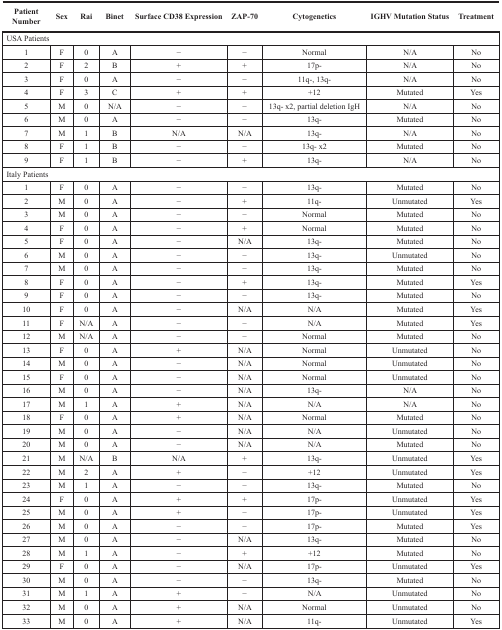
<table><thead><tr><td><b>Patient Number</b></td><td><b>Sex</b></td><td><b>Rai</b></td><td><b>Binet</b></td><td><b>Surface CD38 Expression</b></td><td><b>ZAP-70</b></td><td><b>Cytogenetics</b></td><td><b>IGHV Mutation Status</b></td><td><b>Treatment</b></td></tr></thead><tbody><tr><td colspan="9">USA Patients</td></tr><tr><td>1</td><td>F</td><td>0</td><td>A</td><td>−</td><td>−</td><td>Normal</td><td>N/A</td><td>No</td></tr><tr><td>2</td><td>F</td><td>2</td><td>B</td><td>+</td><td>+</td><td>17p-</td><td>N/A</td><td>No</td></tr><tr><td>3</td><td>F</td><td>0</td><td>A</td><td>−</td><td>−</td><td>11q-, 13q-</td><td>N/A</td><td>No</td></tr><tr><td>4</td><td>F</td><td>3</td><td>C</td><td>+</td><td>+</td><td>+12</td><td>Mutated</td><td>Yes</td></tr><tr><td>5</td><td>M</td><td>0</td><td>N/A</td><td>−</td><td>−</td><td>13q- x2, partial deletion IgH</td><td>N/A</td><td>No</td></tr><tr><td>6</td><td>M</td><td>0</td><td>A</td><td>−</td><td>−</td><td>13q-</td><td>Mutated</td><td>No</td></tr><tr><td>7</td><td>M</td><td>1</td><td>B</td><td>N/A</td><td>N/A</td><td>13q-</td><td>N/A</td><td>No</td></tr><tr><td>8</td><td>F</td><td>1</td><td>B</td><td>−</td><td>−</td><td>13q- x2</td><td>Mutated</td><td>No</td></tr><tr><td>9</td><td>F</td><td>1</td><td>B</td><td>−</td><td>+</td><td>13q-</td><td>N/A</td><td>No</td></tr><tr><td colspan="9">Italy Patients</td></tr><tr><td>1</td><td>F</td><td>0</td><td>A</td><td>−</td><td>−</td><td>13q-</td><td>Mutated</td><td>No</td></tr><tr><td>2</td><td>M</td><td>0</td><td>A</td><td>−</td><td>+</td><td>11q-</td><td>Unmutated</td><td>Yes</td></tr><tr><td>3</td><td>M</td><td>0</td><td>A</td><td>−</td><td>−</td><td>Normal</td><td>Mutated</td><td>No</td></tr><tr><td>4</td><td>F</td><td>0</td><td>A</td><td>−</td><td>+</td><td>Normal</td><td>Mutated</td><td>No</td></tr><tr><td>5</td><td>F</td><td>0</td><td>A</td><td>−</td><td>N/A</td><td>13q-</td><td>Mutated</td><td>No</td></tr><tr><td>6</td><td>M</td><td>0</td><td>A</td><td>−</td><td>−</td><td>13q-</td><td>Unmutated</td><td>No</td></tr><tr><td>7</td><td>M</td><td>0</td><td>A</td><td>−</td><td>−</td><td>13q-</td><td>Mutated</td><td>No</td></tr><tr><td>8</td><td>F</td><td>0</td><td>A</td><td>−</td><td>+</td><td>13q-</td><td>Mutated</td><td>Yes</td></tr><tr><td>9</td><td>F</td><td>0</td><td>A</td><td>−</td><td>−</td><td>13q-</td><td>Mutated</td><td>No</td></tr><tr><td>10</td><td>F</td><td>0</td><td>A</td><td>−</td><td>N/A</td><td>N/A</td><td>Mutated</td><td>Yes</td></tr><tr><td>11</td><td>F</td><td>N/A</td><td>A</td><td>−</td><td>−</td><td>N/A</td><td>Mutated</td><td>Yes</td></tr><tr><td>12</td><td>M</td><td>N/A</td><td>A</td><td>−</td><td>−</td><td>Normal</td><td>Mutated</td><td>No</td></tr><tr><td>13</td><td>F</td><td>0</td><td>A</td><td>+</td><td>N/A</td><td>Normal</td><td>Unmutated</td><td>No</td></tr><tr><td>14</td><td>M</td><td>0</td><td>A</td><td>−</td><td>N/A</td><td>Normal</td><td>Unmutated</td><td>No</td></tr><tr><td>15</td><td>F</td><td>0</td><td>A</td><td>−</td><td>N/A</td><td>Normal</td><td>Unmutated</td><td>No</td></tr><tr><td>16</td><td>M</td><td>0</td><td>A</td><td>−</td><td>N/A</td><td>13q-</td><td>N/A</td><td>No</td></tr><tr><td>17</td><td>M</td><td>1</td><td>A</td><td>+</td><td>N/A</td><td>N/A</td><td>N/A</td><td>No</td></tr><tr><td>18</td><td>F</td><td>0</td><td>A</td><td>+</td><td>N/A</td><td>Normal</td><td>Mutated</td><td>No</td></tr><tr><td>19</td><td>M</td><td>0</td><td>A</td><td>−</td><td>N/A</td><td>N/A</td><td>Unmutated</td><td>No</td></tr><tr><td>20</td><td>M</td><td>0</td><td>A</td><td>−</td><td>N/A</td><td>N/A</td><td>Mutated</td><td>No</td></tr><tr><td>21</td><td>M</td><td>N/A</td><td>B</td><td>N/A</td><td>+</td><td>13q-</td><td>Unmutated</td><td>Yes</td></tr><tr><td>22</td><td>M</td><td>2</td><td>A</td><td>+</td><td>−</td><td>+12</td><td>Unmutated</td><td>Yes</td></tr><tr><td>23</td><td>M</td><td>1</td><td>A</td><td>−</td><td>−</td><td>13q-</td><td>Mutated</td><td>No</td></tr><tr><td>24</td><td>F</td><td>0</td><td>A</td><td>+</td><td>+</td><td>17p-</td><td>Unmutated</td><td>Yes</td></tr><tr><td>25</td><td>M</td><td>0</td><td>A</td><td>+</td><td>−</td><td>17p-</td><td>Unmutated</td><td>Yes</td></tr><tr><td>26</td><td>M</td><td>0</td><td>A</td><td>−</td><td>−</td><td>17p-</td><td>Mutated</td><td>Yes</td></tr><tr><td>27</td><td>M</td><td>0</td><td>A</td><td>−</td><td>N/A</td><td>13q-</td><td>Mutated</td><td>No</td></tr><tr><td>28</td><td>M</td><td>1</td><td>A</td><td>−</td><td>+</td><td>+12</td><td>Mutated</td><td>No</td></tr><tr><td>29</td><td>F</td><td>0</td><td>A</td><td>−</td><td>N/A</td><td>17p-</td><td>Unmutated</td><td>Yes</td></tr><tr><td>30</td><td>M</td><td>0</td><td>A</td><td>−</td><td>−</td><td>13q-</td><td>Mutated</td><td>No</td></tr><tr><td>31</td><td>M</td><td>1</td><td>A</td><td>+</td><td>−</td><td>N/A</td><td>Unmutated</td><td>No</td></tr><tr><td>32</td><td>M</td><td>0</td><td>A</td><td>+</td><td>N/A</td><td>Normal</td><td>Unmutated</td><td>No</td></tr><tr><td>33</td><td>M</td><td>0</td><td>A</td><td>+</td><td>N/A</td><td>11q-</td><td>Unmutated</td><td>Yes</td></tr></tbody></table>